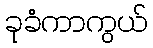
ခုခံကာကွယ်